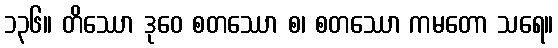
၁၃၆။ တိဿော ဒုဝေ စတဿော စ၊ စတဿော ကမတော သရေ။